Malarial fevers
Disease focus: Malaria
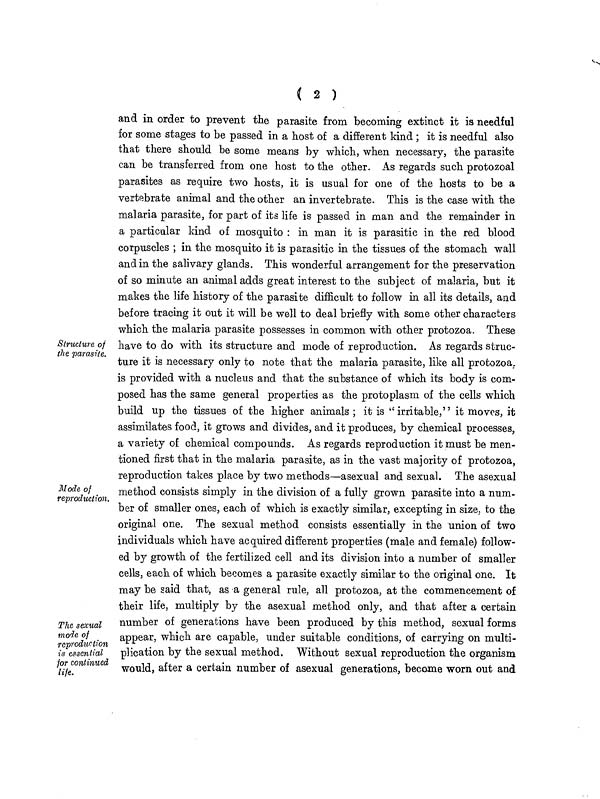
( 2 )
Structure of
(he parasite.
Mode of
reproduction.
The sexual
mode of
reproduction
is essential
for continued
life.
and in order to prevent the parasite from becoming extinct it is needful
for some stages to be passed in a host of a different kind ; it is needful also
that there should be some means by which, when necessary, the parasite
can be transferred from one host to the other. As regards such protozoal
parasites as require two hosts, it is usual for one of the hosts to be a
vertebrate animal and the other an invertebrate. This is the case with the
malaria parasite, for part of its life is passed in man and the remainder in
a particular kind of mosquito : in man it is parasitic in the red blood
corpuscles ; in the mosquito it is parasitic in the tissues of the stomach wall
and in the salivary glands. This wonderful arrangement for the preservation
of so minute an animal adds great interest to the subject of malaria, but it
makes the life history of the parasite difficult to follow in all its details, and
before tracing it out it will be well to deal briefly with some other characters
which the malaria parasite possesses in common with other protozoa. These
have to do with its structure and mode of reproduction. As regards struc-
ture it is necessary only to note that the malaria parasite, like all protozoa.
is provided with a nucleus and that the substance of which its body is com-
posed has the same general properties as the protoplasm of the cells which
build up the tissues of the higher animals ; it is "irritable," it moves, it
assimilates food, it grows and divides, and it produces, by chemical processes,
a variety of chemical compounds. As regards reproduction it must be men-
tioned first that in the malaria parasite, as in the vast majority of protozoa,
reproduction takes place by two methods—asexual and sexual. The asexual
method consists simply in the division of a fully grown parasite into a num-
ber of smaller ones, each of which is exactly similar, excepting in size, to the
original one. The sexual method consists essentially in the union of two
individuals which have acquired different properties (male and female) follow-
ed by growth of the fertilized cell and its division into a number of smaller
cells, each of which becomes a parasite exactly similar to the original one. It
may be said that, as a general rule, all protozoa, at the commencement of
their life, multiply by the asexual method only, and that after a certain
number of generations have been produced by this method, sexual forms
appear, which are capable, under suitable conditions, of carrying on multi-
plication by the sexual method. Without sexual reproduction the organism
would, after a certain number of asexual generations, become worn out and